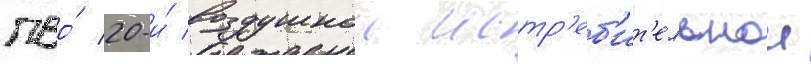
пво́ 20-и́ воздушнои истр'еб'ит'ельнои